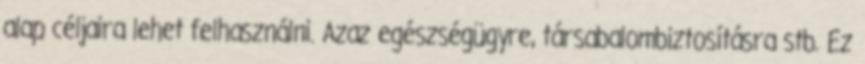
alap céljaira lehet felhasználni. Azaz egészségügyre, társabalombiztosításra stb. Ez